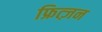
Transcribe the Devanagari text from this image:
फ्रित्ज़न